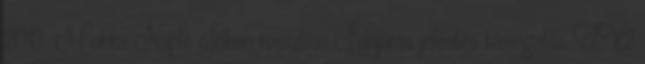
2013. Mokka Napló Jóban rosszban Időjárás jelentés támogatás TV2